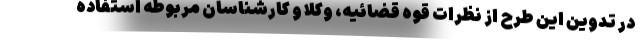
در تدوین این طرح از نظرات قوه قضائیه، وکلا و کارشناسان مربوطه استفاده